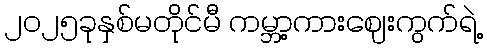
၂၀၂၅ခုနှစ်မတိုင်မီ ကမ္ဘာ့ကားဈေးကွက်ရဲ့